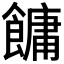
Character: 𩞋